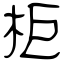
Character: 柜